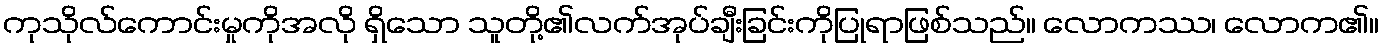
ကုသိုလ်ကောင်းမှုကိုအလို ရှိသော သူတို့၏လက်အုပ်ချီးခြင်းကိုပြုရာဖြစ်သည်။ လောကဿ၊ လောက၏။